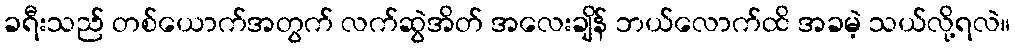
ခရီးသည် တစ်ယောက်အတွက် လက်ဆွဲအိတ် အလေးချိန် ဘယ်လောက်ထိ အခမဲ့ သယ်လို့ရလဲ။